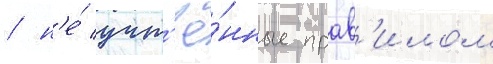
/ н'е́ учт'ё́нные прав'илом